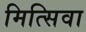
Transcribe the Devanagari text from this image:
मित्सिवा